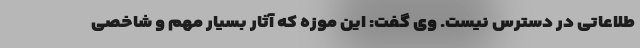
طلاعاتی در دسترس نیست. وی گفت: این موزه که آثار بسیار مهم و شاخصی